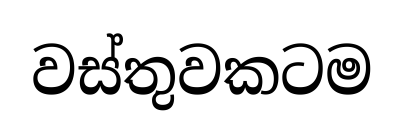
වස්තුවකටම